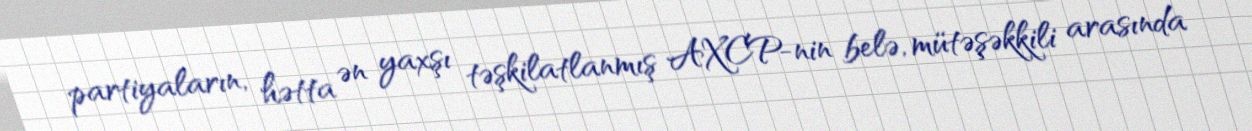
partiyaların, hətta ən yaxşı təşkilatlanmış AXCP-nin belə, mütəşəkkili arasında